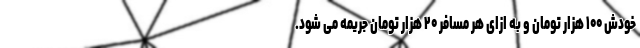
خودش ۱۰۰ هزار تومان و به ازای هر مسافر ۲۰ هزار تومان جریمه می شود.